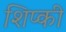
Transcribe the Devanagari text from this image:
शिप्की